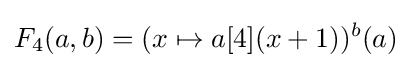
F_{4}(a,b)=(x\mapsto a[4](x+1))^{b}(a)